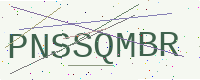
Text: PNSSQMBR